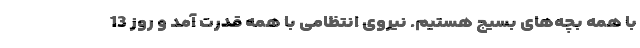
با همه بچه‌های بسیج هستیم. نیروی انتظامی با همه قدرت آمد و روز 13